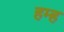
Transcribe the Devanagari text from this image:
हम्ह